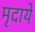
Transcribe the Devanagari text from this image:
मृदायें